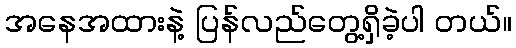
အနေအထားနဲ့ ပြန်လည်တွေ့ရှိခဲ့ပါ တယ်။